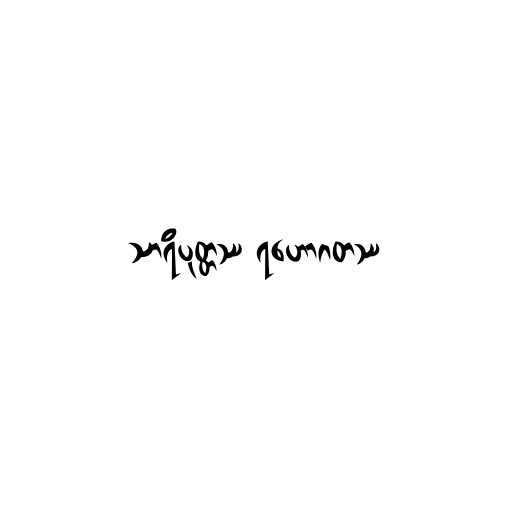
သာရိပုတ္တဿ ရဟောဂတဿ